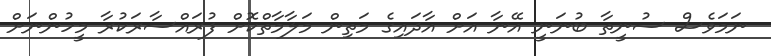
ނަމަވެސް ސުނީތާ ބުނަނީ އޭނާ އަށް އާދައިގެ މަތިން މަލާމާތްކޮށް ފުރައްސާރަކުރާ މީހުންނަށް